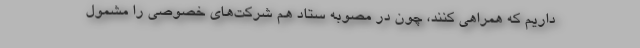
داریم که همراهی کنند، چون در مصوبه ستاد هم شرکت‌های خصوصی را مشمول